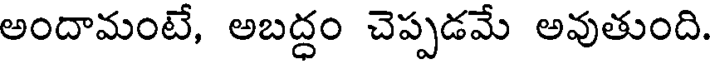
అందామంటే, అబద్ధం చెప్పడమే అవుతుంది.